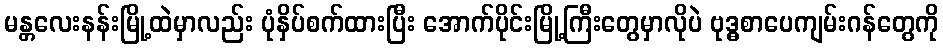
မန္တလေးနန်းမြို့ထဲမှာလည်း ပုံနှိပ်စက်ထားပြီး အောက်ပိုင်းမြို့ကြီးတွေမှာလိုပဲ ဗုဒ္ဓစာပေကျမ်းဂန်တွေကို